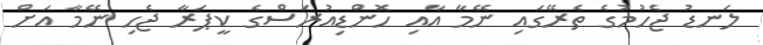
ލަނޑު ޖެހުުމުގެ ތެރޭގައި ނޭމާ އާއި ހޮންޑިއުރަސްގެ ކީޕަރާ ޖެހި ނޭމާ އަށް